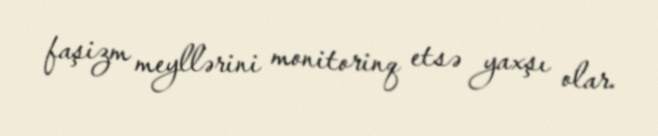
faşizm meyllərini monitorinq etsə yaxşı olar.